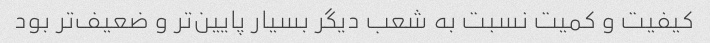
کیفیت و کمیت نسبت به شعب دیگر بسیار پایین‌تر و ضعیف‌تر بود